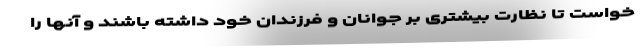
خواست تا نظارت بیشتری بر جوانان و فرزندان خود داشته باشند و آنها را